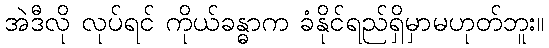
အဲဒီလို လုပ်ရင် ကိုယ်ခန္ဓာက ခံနိုင်ရည်ရှိမှာမဟုတ်ဘူး။